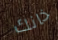
خانك